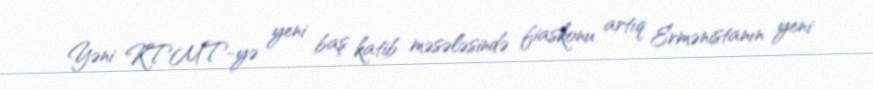
Yəni KTMT-yə yeni baş katib məsələsində fiaskonu artıq Ermənistanın yeni